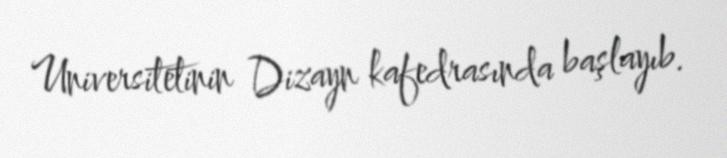
Universitetinin Dizayn kafedrasında başlayıb.